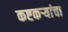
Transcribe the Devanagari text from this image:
कष्टकऱ्यांचा